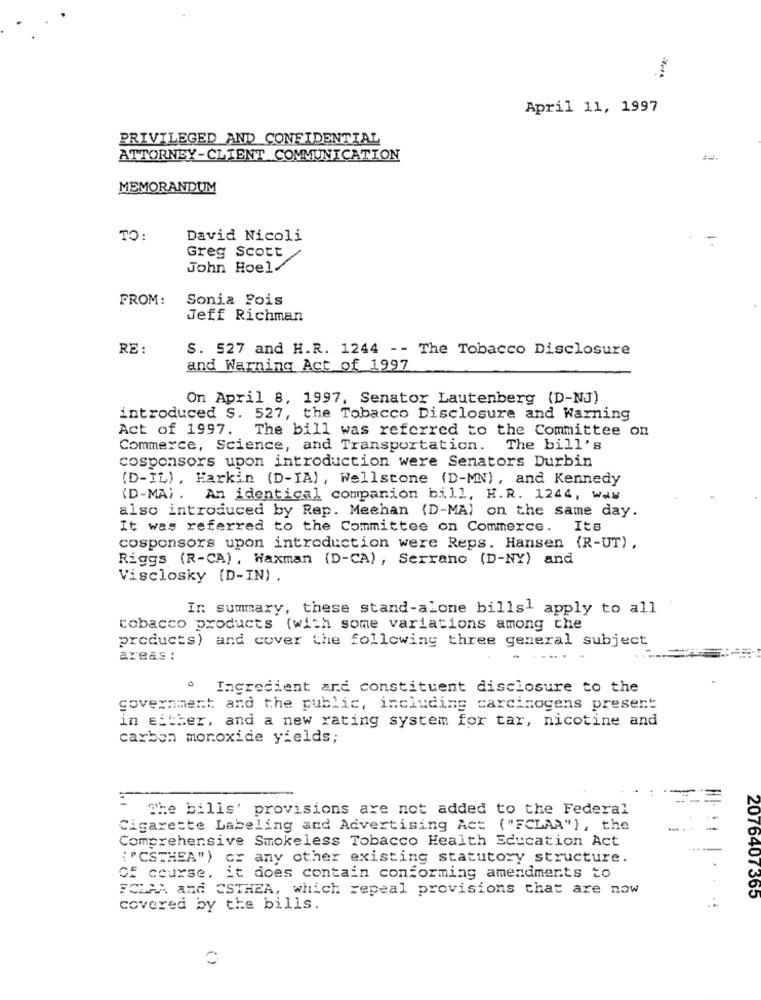
April 11, 1997
PRIVILEGED AND CONFIDENTIAL
ATTORNEY-CLIENT COMMUNICATION
MEMORANDUM
TO:
David Nicoli
Greg Scott
John Hoel.
FROM :
Sonia Pois
Jeff Richman
RE:
S. 527 and H.R. 1244 -- The Tobacco Disclosure
and Warning Act of 1997
On April 8, 1997. Senator Lautenberg (D-NJ)
introduced S. 527, the Tobacco Disclosure and Warning
Act of 1997.
The bill was referred to the Committee on
Commerce, Science, and Transportation.
The bill's
cosponsors upon introduction were Senators Durbin
(D-IL), Harkin (D-IA), Wellstone (D-MN), and Kennedy
(D-MA) . An identical companion bill, H.R. 1244, way
also introduced by Rep. Mechan (D-MA) on the same day.
It was referred to the Committee on Commerce. Its
cosponsors upon introduction were Reps. Hansen {R-UT).
Riggs (R-CA) , Waxman (D-CA), Serrano (D-NY) and
Visclosky [D-IN) .
In summary, these stand-alone bills1 apply to all
tobacco products (with some variations among the
products) and cover the following three general subject
areas :
Ingredient and constituent disclosure to the
government and the public, including carcinogens present
in either, and a new rating system for tar, nicotine and
carbon monoxide yields;
The bills' provisions are not added to the Federal
Cigarette Labeling and Advertising Act ("FCLAA"), the
Comprehensive Smokeless Tobacco Health Education Act
{"CSTHEA") or any other existing statutory structure.
Of course. it does contain conforming amendments to
FCMAX and CSTHEA, which repeal provisions that are now
2076407365
covered by the bills.